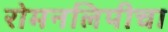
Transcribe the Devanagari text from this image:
रोमनलिपीचा